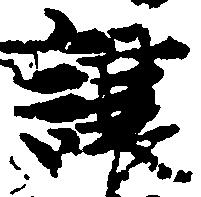
譲